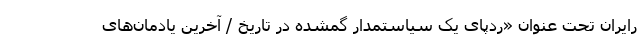
رایران تحت عنوان «ردپای یک سیاستمدار گمشده در تاریخ / آخرین یادمان‌های